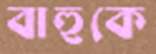
বাহুকে